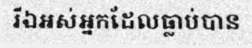
រីឯអស់អ្នកដែលធ្លាប់បាន